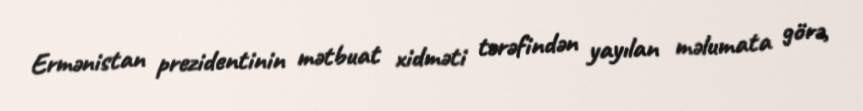
Ermənistan prezidentinin mətbuat xidməti tərəfindən yayılan məlumata görə,